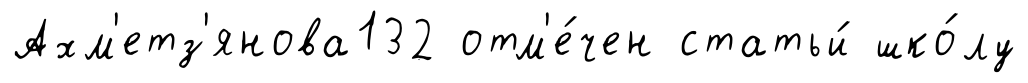
Ахм'етз'янова132 отм'е́чен статьи́ шко́лу